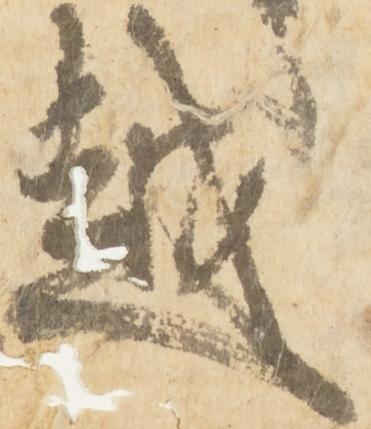
越